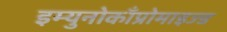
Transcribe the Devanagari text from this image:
इम्युनोकाँप्रोमाइज्ड